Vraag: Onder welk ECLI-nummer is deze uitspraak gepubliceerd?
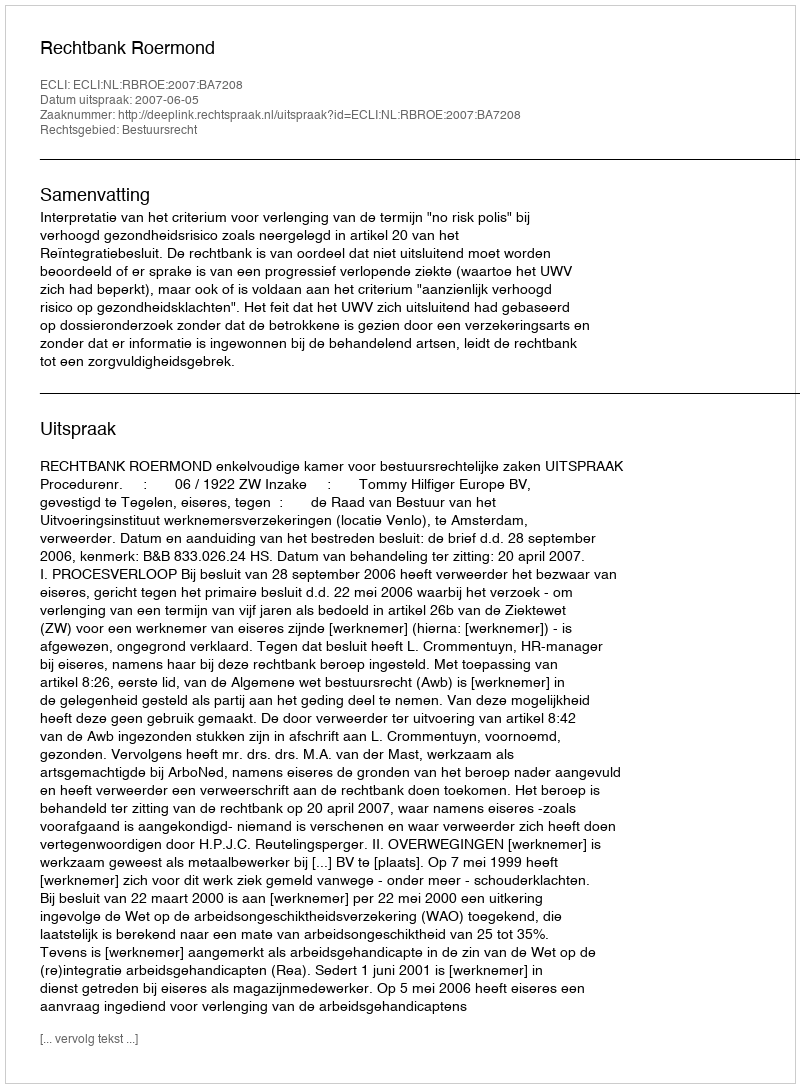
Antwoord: ECLI:NL:RBROE:2007:BA7208